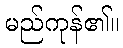
မည်ကုန်၏။